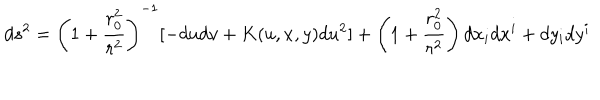
d s ^ { 2 } = \left( 1 + { \frac { r _ { 0 } ^ { 2 } } { r ^ { 2 } } } \right) ^ { - 1 } [ - d u d v + K ( u , x , y ) d u ^ { 2 } ] + \left( 1 + { \frac { r _ { 0 } ^ { 2 } } { r ^ { 2 } } } \right) d x _ { i } d x ^ { i } + d y _ { i } d y ^ { i }